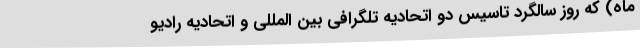
ماه) که روز سالگرد تاسیس دو اتحادیه تلگرافی بین المللی و اتحادیه رادیو